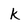
Character: k